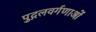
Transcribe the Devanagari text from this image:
पुद्गलवर्गणाओं